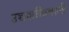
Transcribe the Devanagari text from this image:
उच्चशक्तिवाली